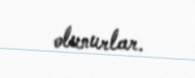
olunurlar.